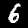
Digit: 6